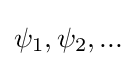
{\textstyle \psi _{1},\psi _{2},...}